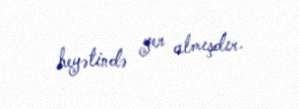
heyətində yer almışdır.